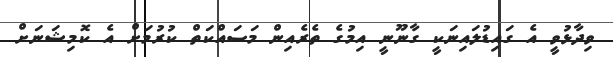
ވިދާޅުވީ އެ ގައިޑުލައިނަކީ ގާނޫނީ އިމުގެ ތެރެއިން މަސައްކަތް ކުރުމަށް އެ ކޮމިޝަނަށް